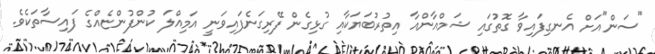
"ސަން"އަށް އެނގިފައިވާ ގޮތުގައި ޝަމްއާންއާ އިތުރުބަޔަކާއި ގުޅިގެން ފޭރިގަނެފައިވަނީ އަމިއްލަ ކުންފުންޏެއްގެ ފައިސާތަކެވެ.